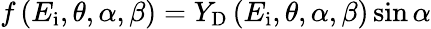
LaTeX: f\left(E_{\mathrm{i}},\theta,\alpha,\beta\right)=Y_{\mathrm{D}}\left(E_{\mathrm{i}},\theta,\alpha,\beta\right)\sin\alpha